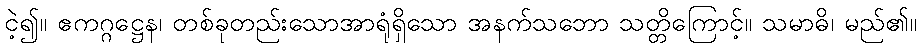
ငဲ့၍။ ဧကဂ္ဂဋ္ဌေန၊ တစ်ခုတည်းသောအာရုံရှိသော အနက်သဘော သတ္တိကြောင့်။ သမာဓိ၊ မည်၏။